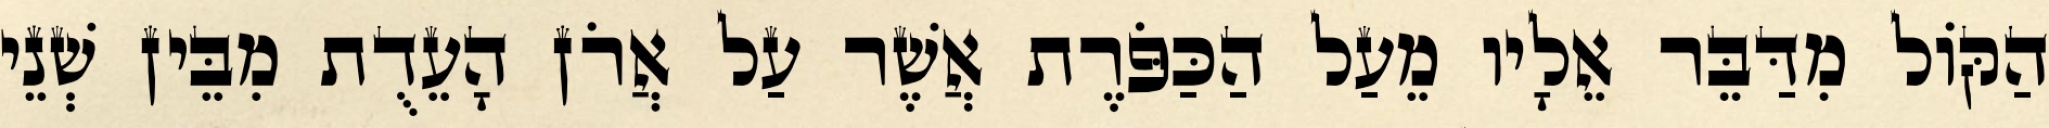
הַקּוֹל מִדַּבֵּר אֵלָיו מֵעַל הַכַּפֹּרֶת אֲשֶׁר עַל אֲרֹן הָעֵדֻת מִבֵּין שְׁנֵי